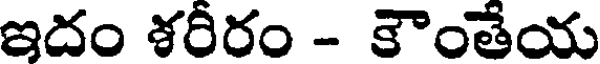
ఇదం శరీరం - కౌంతేయ